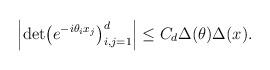
LaTeX: \begin{align*} \left|\mathrm{det} {\left( e^{-i\theta_i x_j} \right)}_{i,j=1}^{d}\right| \le C_d \Delta(\theta)\Delta(x). \end{align*}